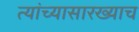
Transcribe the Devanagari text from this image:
त्यांच्यासारख्याच